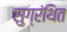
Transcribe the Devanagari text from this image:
सुग्रंथित